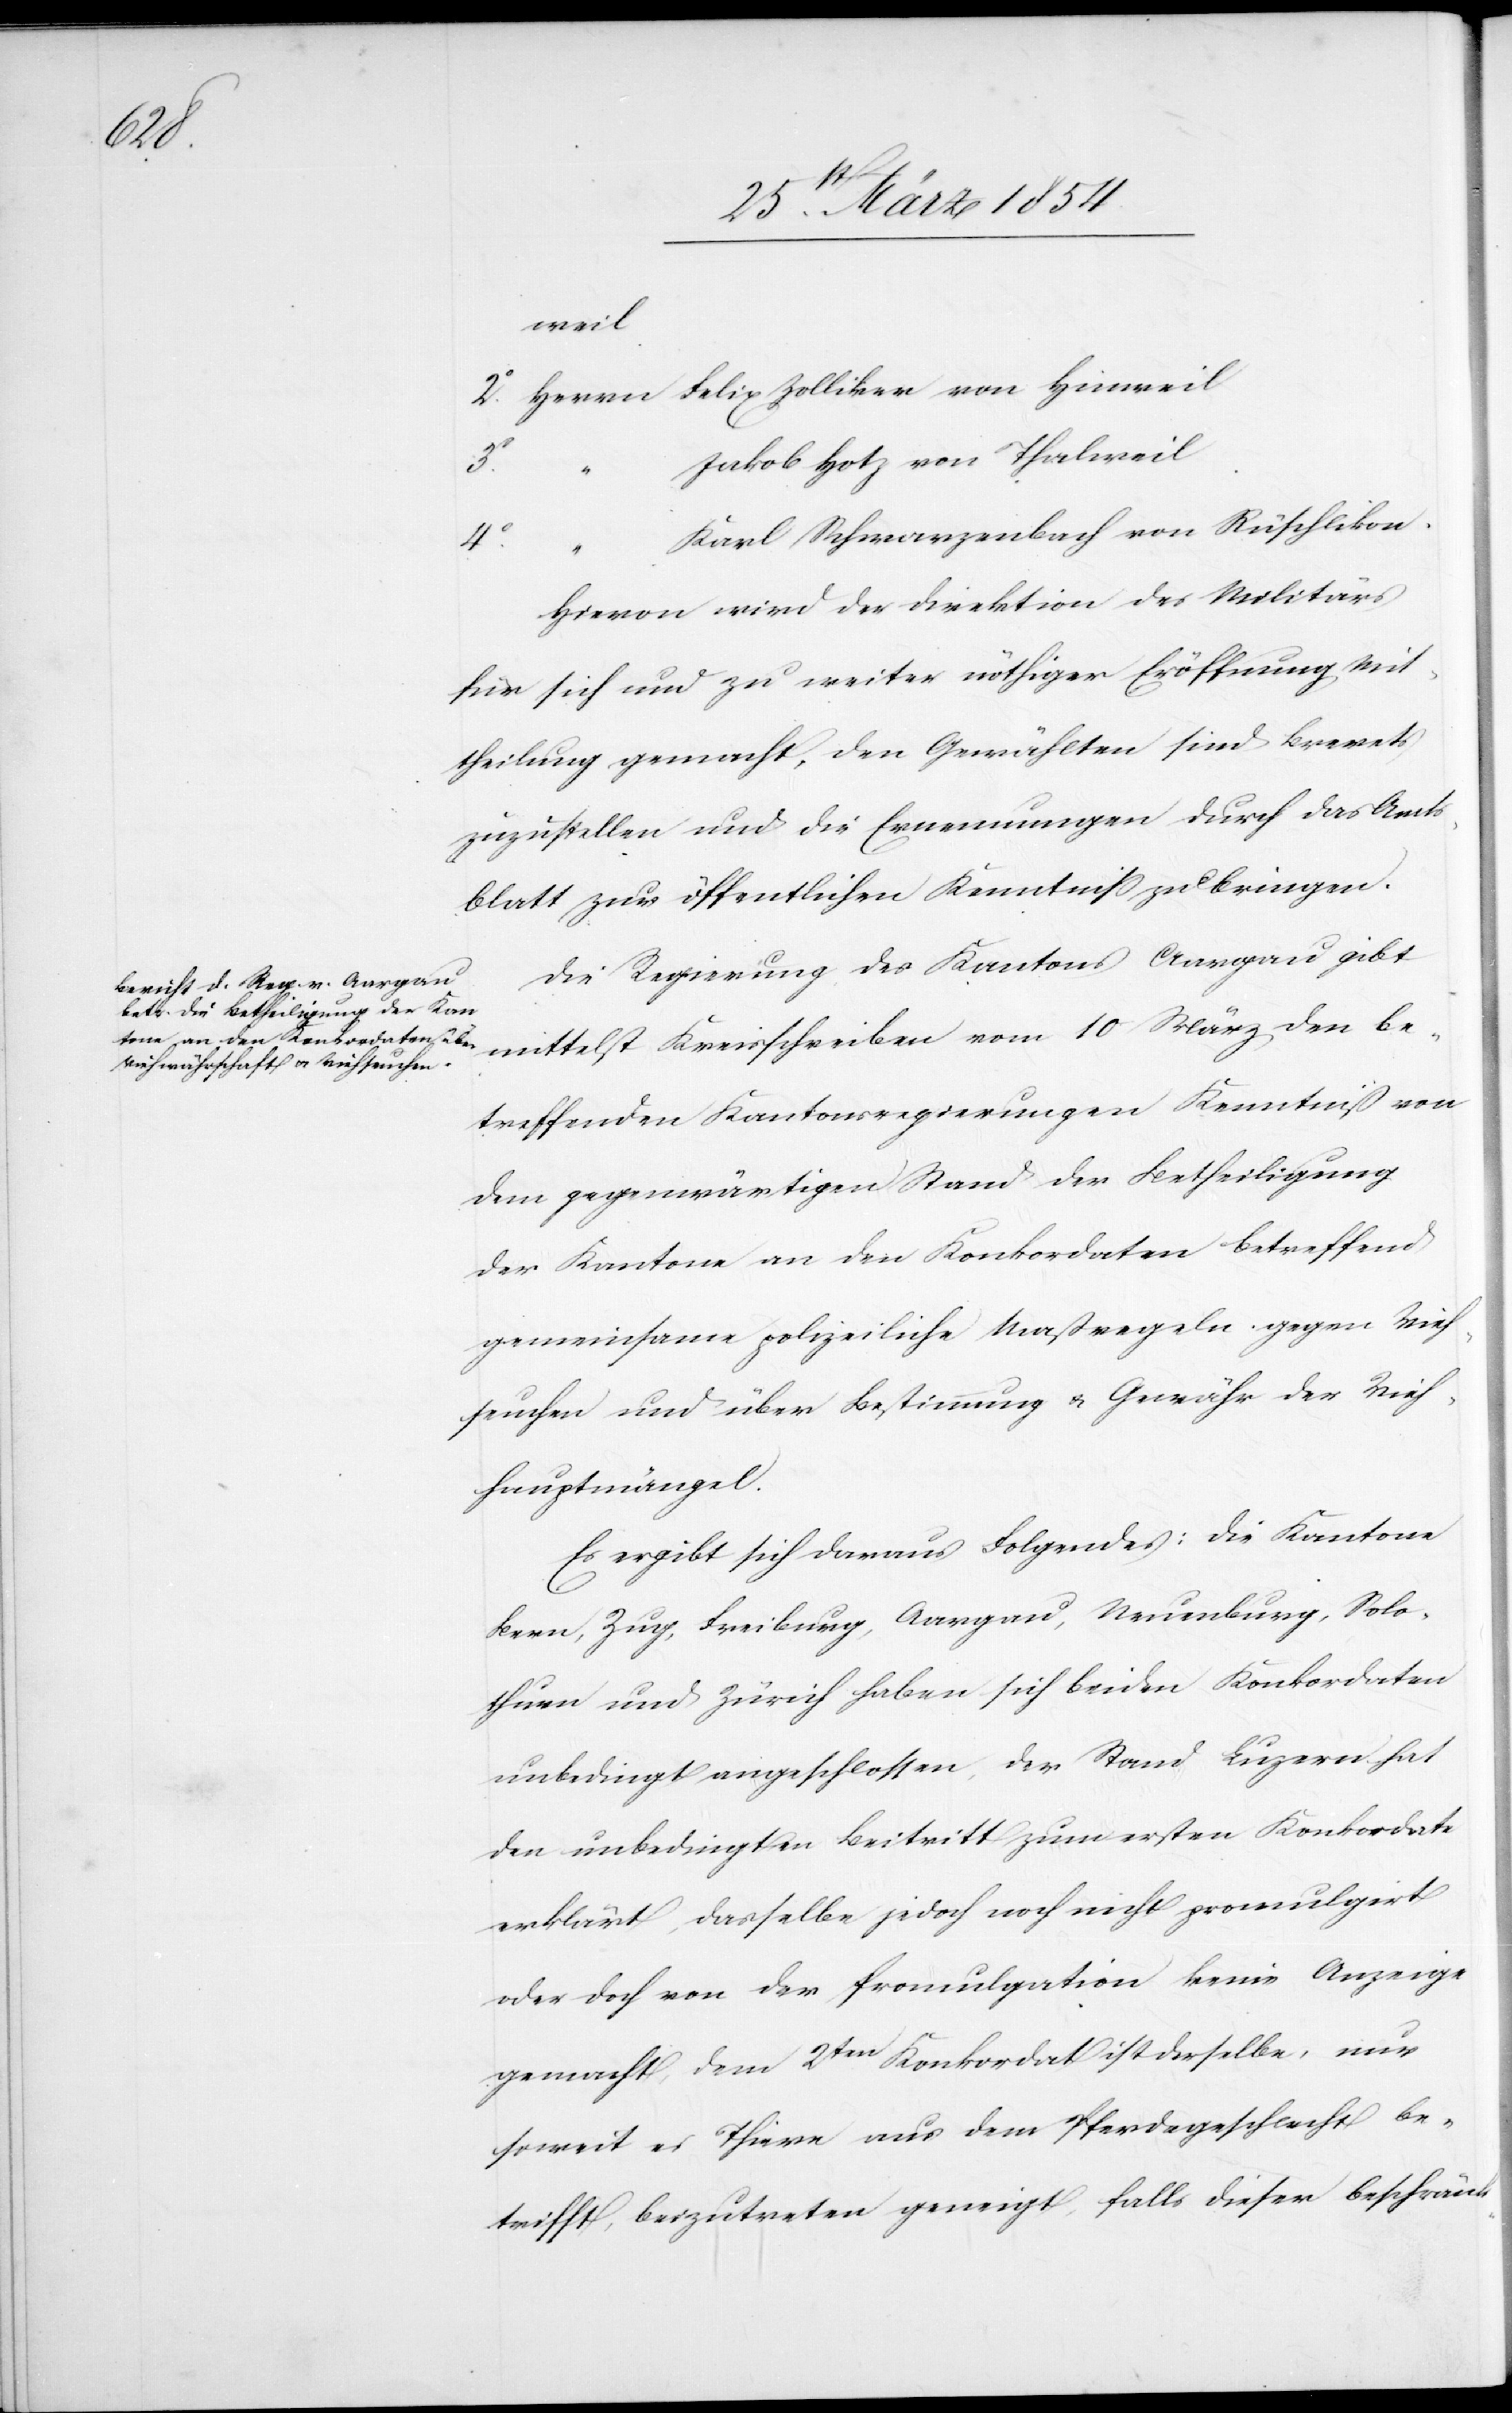
4o

weil
2o Herrn Felix Zolliker von Hinweil
“ Jakob Hotz von Thalweil
Karl Schwarzenbach von Rüschlikon.
Hievon wird der Direktion des Militärs
für sich und zu weiter nöthiger Eröffnung Mit¬
theilung gemacht, den gewählten sind Brevets
zuzustellen und die Ernennungen durch das Amts¬
blatt zur öffentlichen Kenntniß zu bringen.
Die Regierung des Kantons Aargau gibt
mittelst Kreisschreiben vom 10 März den be¬
treffenden Kantonsregierungen Kenntniß von
dem gegenwärtigen Stand der Betheiligung
der Kantone an den Konkordaten betreffend
gemeinsame polizeiliche Maßregeln gegen Vieh¬
seuchen und über Bestimmung u. Gewähr der Vieh¬
hauptmängel.
Es ergibt sich daraus Folgendes: Die Kantone
Bern, Zug, Freiburg, Aargau, Neuenburg, Solo¬
thurn und Zürich haben sich beiden Konkordaten
unbedingt angeschlossen, der Stand Luzern hat
den unbedingten Beitritt zum ersten Konkordate
erklärt, dasselbe jedoch noch nicht promulgirt
oder doch von der Promulgation keine Anzeige
gemacht, dem 2ten Konkordat ist derselbe, nur
soweit es Thiere aus dem Pferdegeschlecht be¬
trifft, beizutreten geneigt, falls dieser beschränk-